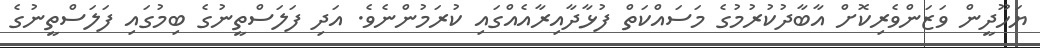
ޔަހޫދީން ވަޒަންވެރިކޮށް އާބާދުކުރުމުގެ މަސައްކަތް ފުޅާދާއިރާއެއްގައި ކުރަމުންނެވެ. އަދި ފަލަސްތީނުގެ ބިމުގައި ފަލަސްތީނުގެ